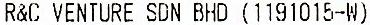
R&C VENTURE SDN BHD (1191015-W)